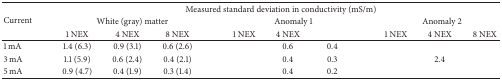
<table><thead><tr><td rowspan="3"><b>Current</b></td><td colspan="9"><b>Measured standard deviation in conductivity (mS/m)</b></td></tr><tr><td colspan="3"><b>White (gray) matter</b></td><td colspan="3"><b>Anomaly 1</b></td><td colspan="3"><b>Anomaly 2</b></td></tr><tr><td><b>1 NEX</b></td><td><b>4 NEX</b></td><td><b>8 NEX</b></td><td><b>1 NEX</b></td><td><b>4 NEX</b></td><td>[EMPTY_CELL]</td><td><b>1 NEX</b></td><td><b>4 NEX</b></td><td><b>8 NEX</b></td></tr></thead><tbody><tr><td>1 mA</td><td>1.4 (6.3)</td><td>0.9 (3.1)</td><td>0.6 (2.6)</td><td>[EMPTY_CELL]</td><td>0.6</td><td>0.4</td><td>[EMPTY_CELL]</td><td>[EMPTY_CELL]</td><td>[EMPTY_CELL]</td></tr><tr><td>3 mA</td><td>1.1 (5.9)</td><td>0.6 (2.4)</td><td>0.4 (2.1)</td><td>[EMPTY_CELL]</td><td>0.4</td><td>0.3</td><td>[EMPTY_CELL]</td><td>2.4</td><td>[EMPTY_CELL]</td></tr><tr><td>5 mA</td><td>0.9 (4.7)</td><td>0.4 (1.9)</td><td>0.3 (1.4)</td><td>[EMPTY_CELL]</td><td>0.4</td><td>0.2</td><td>[EMPTY_CELL]</td><td>[EMPTY_CELL]</td><td>[EMPTY_CELL]</td></tr></tbody></table>